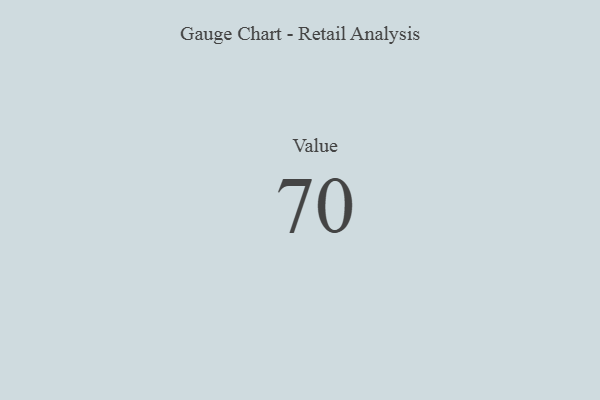
{"axis": {"x": "Metric", "y": "Value"}, "legend": [""], "data": [{"x": "Value", "y": 70, "type": ""}]}